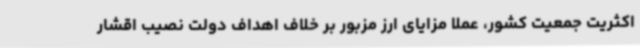
اکثریت جمعیت کشور، عملا مزایای ارز مزبور بر خلاف اهداف دولت نصیب اقشار